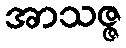
အာသဇ္ဇ